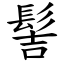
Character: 髻